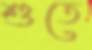
শুতে